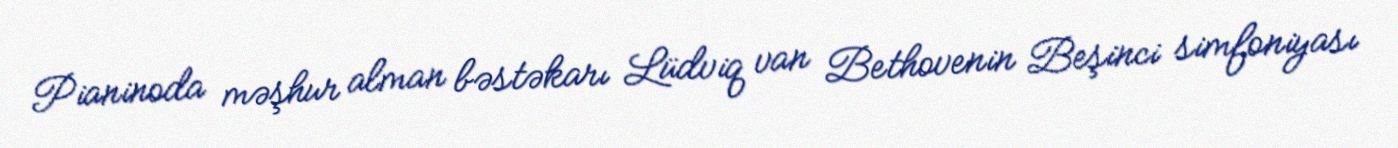
Pianinoda məşhur alman bəstəkarı Lüdviq van Bethovenin Beşinci simfoniyası